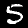
Label: 5